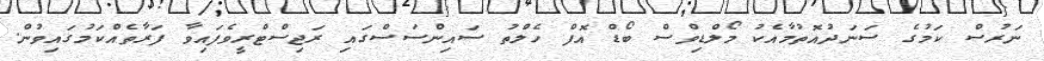
ނަރުސް ކަމުގެ ސަނަދުއޮތުމާއެކު މޯލްޑިވްސް ބޯޑް އޮފް ހެލްތު ސައިންސަސްގައި ރަޖިސްޓްރީވެފައިވާ ފަރާތެއްކަމުގައިވުން.